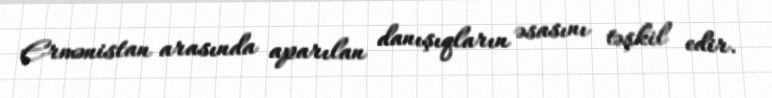
Ermənistan arasında aparılan danışıqların əsasını təşkil edir.